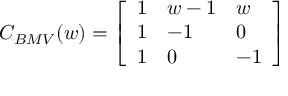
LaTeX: C _ { B M V } ( w ) = \left[ \begin{array} { l l l } { { 1 } } & { { w - 1 } } & { { w } } \\ { { 1 } } & { { - 1 } } & { { 0 } } \\ { { 1 } } & { { 0 } } & { { - 1 } } \end{array} \right]